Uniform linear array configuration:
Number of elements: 4
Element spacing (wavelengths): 0.5
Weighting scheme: uniform
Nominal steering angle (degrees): -60
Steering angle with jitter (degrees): -59.028
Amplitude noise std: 0.05
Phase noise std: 0.05

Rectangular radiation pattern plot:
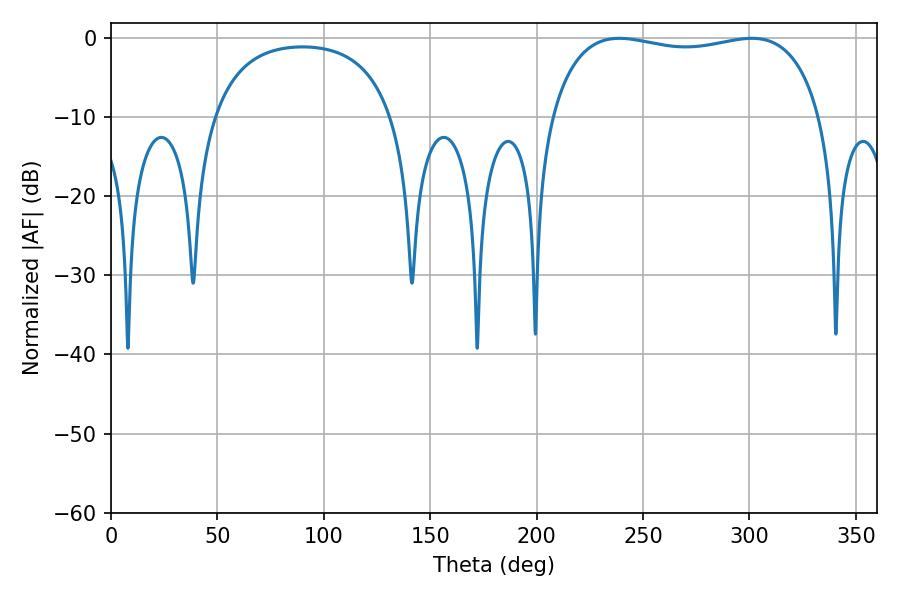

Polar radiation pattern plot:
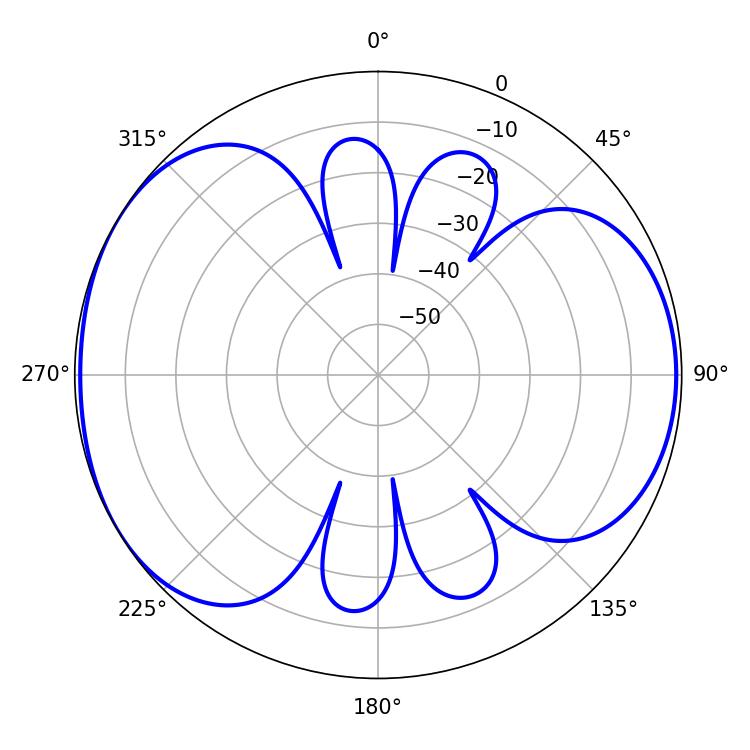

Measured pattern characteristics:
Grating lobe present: FALSE
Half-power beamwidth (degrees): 102.96
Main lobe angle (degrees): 238.86